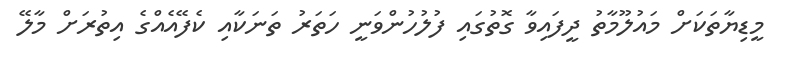
މީޑިޔާތަކަށް މައުލޫމާތު ދީފައިވާ ގޮތުގައި ފުލުހުންވަނީ ހަތަރު ތަނަކާއި ކެފޭއެއްގެ އިތުރަށް މާލޭ